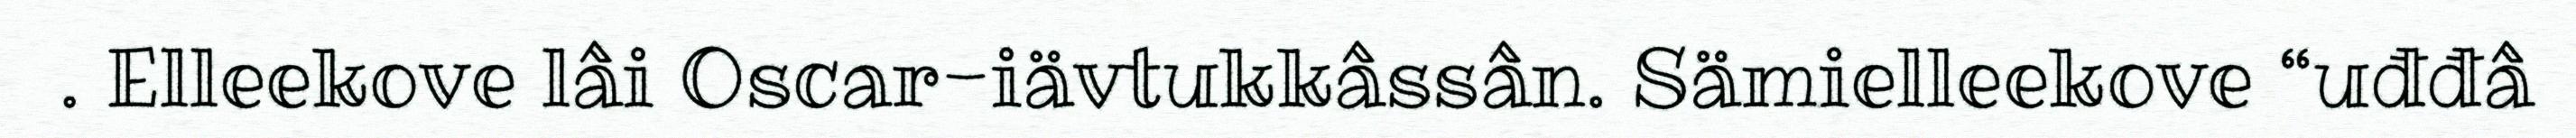
. Elleekove lâi Oscar-iävtukkâssân. Sämielleekove “uđđâ